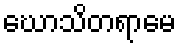
ဃောသိတရာမေ